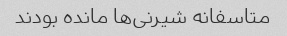
متاسفانه شیرنی‌ها مانده بودند